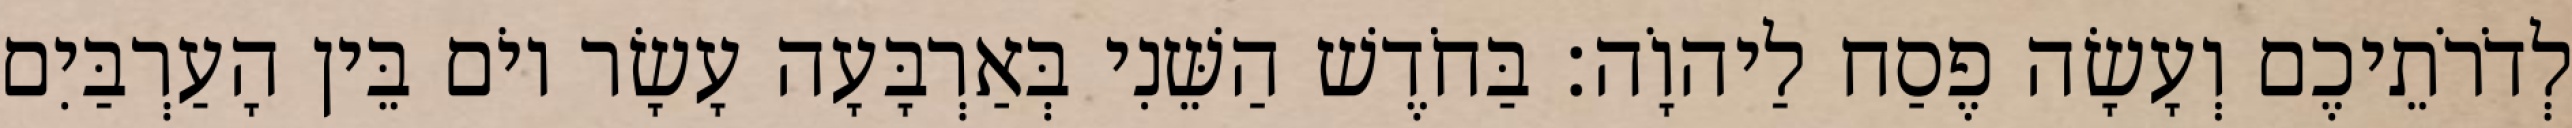
לְדֹרֹתֵיכֶם וְעָשָׂה פֶסַח לַיהוָֹה׃ בַּחֹדֶשׁ הַשֵּׁנִי בְּאַרְבָּעָה עָשָׂר יוֹם בֵּין הָעַרְבַּיִם